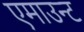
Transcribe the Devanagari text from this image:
एमाउन्ट